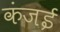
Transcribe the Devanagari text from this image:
कंजई